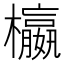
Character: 𣟅